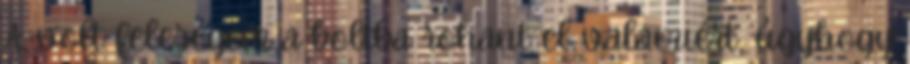
A volt feleségem a boltba rohant el valamiért, úgyhogy